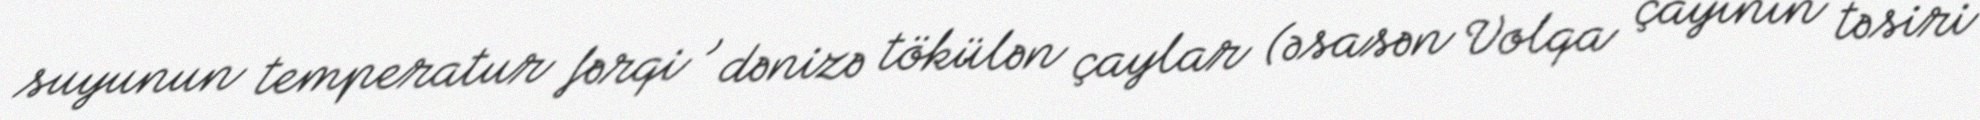
suyunun temperatur fərqi , dənizə tökülən çaylar (əsasən Volqa çayının təsiri